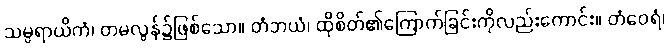
သမ္ပရာယိကံ၊ တမလွန်၌ဖြစ်သော။ တံဘယံ၊ ထိုစိတ်၏ကြောက်ခြင်းကိုလည်းကောင်း။ တံဝေရံ၊